Civil Veterinary Department Bihar reports 1940-50 - 1940-1950
Year: 1940
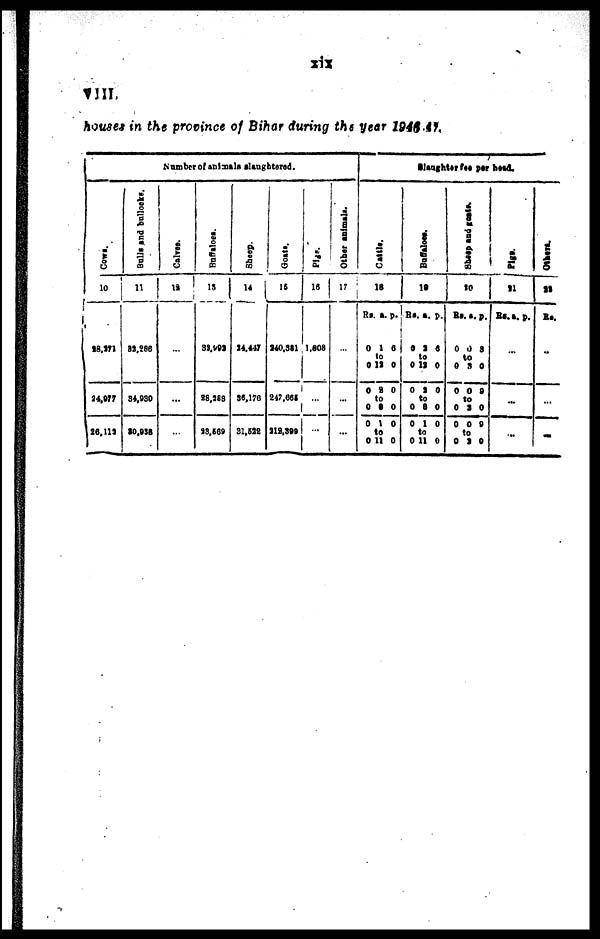
XIX
VIII.
houses in the province of Bihar during the year 1946-47.,
Number of animals slaughtered.
Cows.
10
28,271
24,977
26,112
Bulls
and bullocks.
11
32,266
34,930
20,938
Calves.
12
...
...
Buffaloes.
15
32,992
88,168
23,569
Sheep.
14
24,447
36,176
31,522
Goats.
15
240,381
247,665
212,399
Pigs.
16
1,808
...
...
Other animals.
17
...
...
...
Slaughter fee per head.
Cattle.
16
Rs.
0
0
0
0
0
0
a.
1
to
11
9
to
0
1
to
11
p.
6
0
0
0
0
0
Buffaloes.
19
Rs.
0
0
0
0
0
0
a.
2
to
12
2
8
1
to
11
p.
0
0
0
to
0
0
0
Sheep
and goats
to
Rs
0
0
0
0
0
0
. a.
0
to
8
0
to
9
0
to
9
P.
8
0
8
0
0
0
Pigs.
21
Rs. a. p.
...
...
...
Others.
22
Rs.
...
...
...